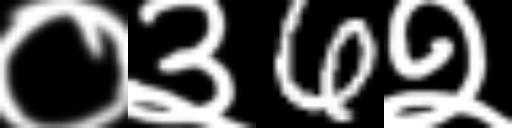
Text: ०३6२